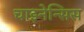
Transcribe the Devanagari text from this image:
चाइनेन्सिस